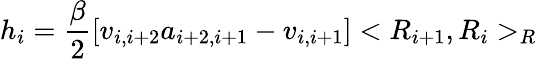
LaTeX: h_{i}=\frac{\beta}{2}[v_{i,i+2}a_{i+2,i+1}-v_{i,i+1}]<R_{i+1},R_{i}>_{R}